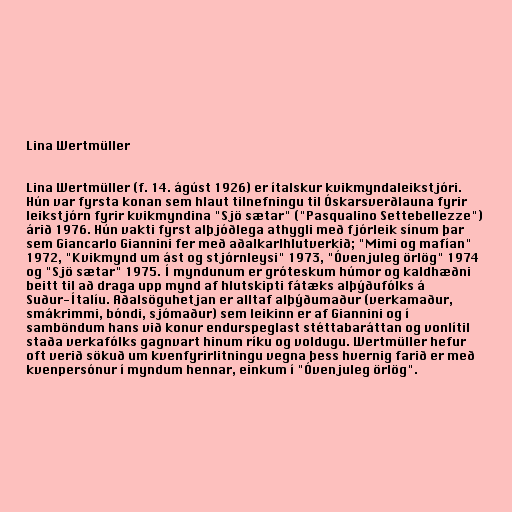
Lina Wertmüller

Lina Wertmüller (f. 14. ágúst 1926) er ítalskur kvikmyndaleikstjóri.
Hún var fyrsta konan sem hlaut tilnefningu til Óskarsverðlauna fyrir
leikstjórn fyrir kvikmyndina "Sjö sætar" ("Pasqualino Settebellezze")
árið 1976. Hún vakti fyrst alþjóðlega athygli með fjórleik sínum þar
sem Giancarlo Giannini fer með aðalkarlhlutverkið; "Mimi og mafían"
1972, "Kvikmynd um ást og stjórnleysi" 1973, "Óvenjuleg örlög" 1974
og "Sjö sætar" 1975. Í myndunum er gróteskum húmor og kaldhæðni
beitt til að draga upp mynd af hlutskipti fátæks alþýðufólks á
Suður-Ítalíu. Aðalsöguhetjan er alltaf alþýðumaður (verkamaður,
smákrimmi, bóndi, sjómaður) sem leikinn er af Giannini og í
samböndum hans við konur endurspeglast stéttabaráttan og vonlítil
staða verkafólks gagnvart hinum ríku og voldugu. Wertmüller hefur
oft verið sökuð um kvenfyrirlitningu vegna þess hvernig farið er með
kvenpersónur í myndum hennar, einkum í "Óvenjuleg örlög".